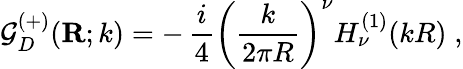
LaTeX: {\mathcal G}_{{D}}^{(+)}({\mathbf R};k)=-\, \frac{i}{4}\left(\frac{k}{2\pi R}\right)^{\nu}H_{\nu}^{(1)}(kR)\; ,